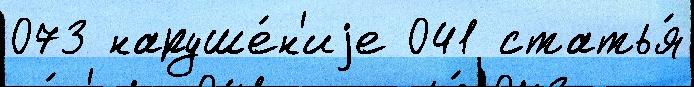
073 наруше́н'иjе 041 статья́